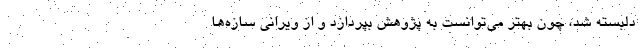
دلبسته شد، چون بهتر می‌توانست به پژوهش بپردازد و از ویرانی سازه‌ها